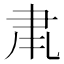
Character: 𮌂